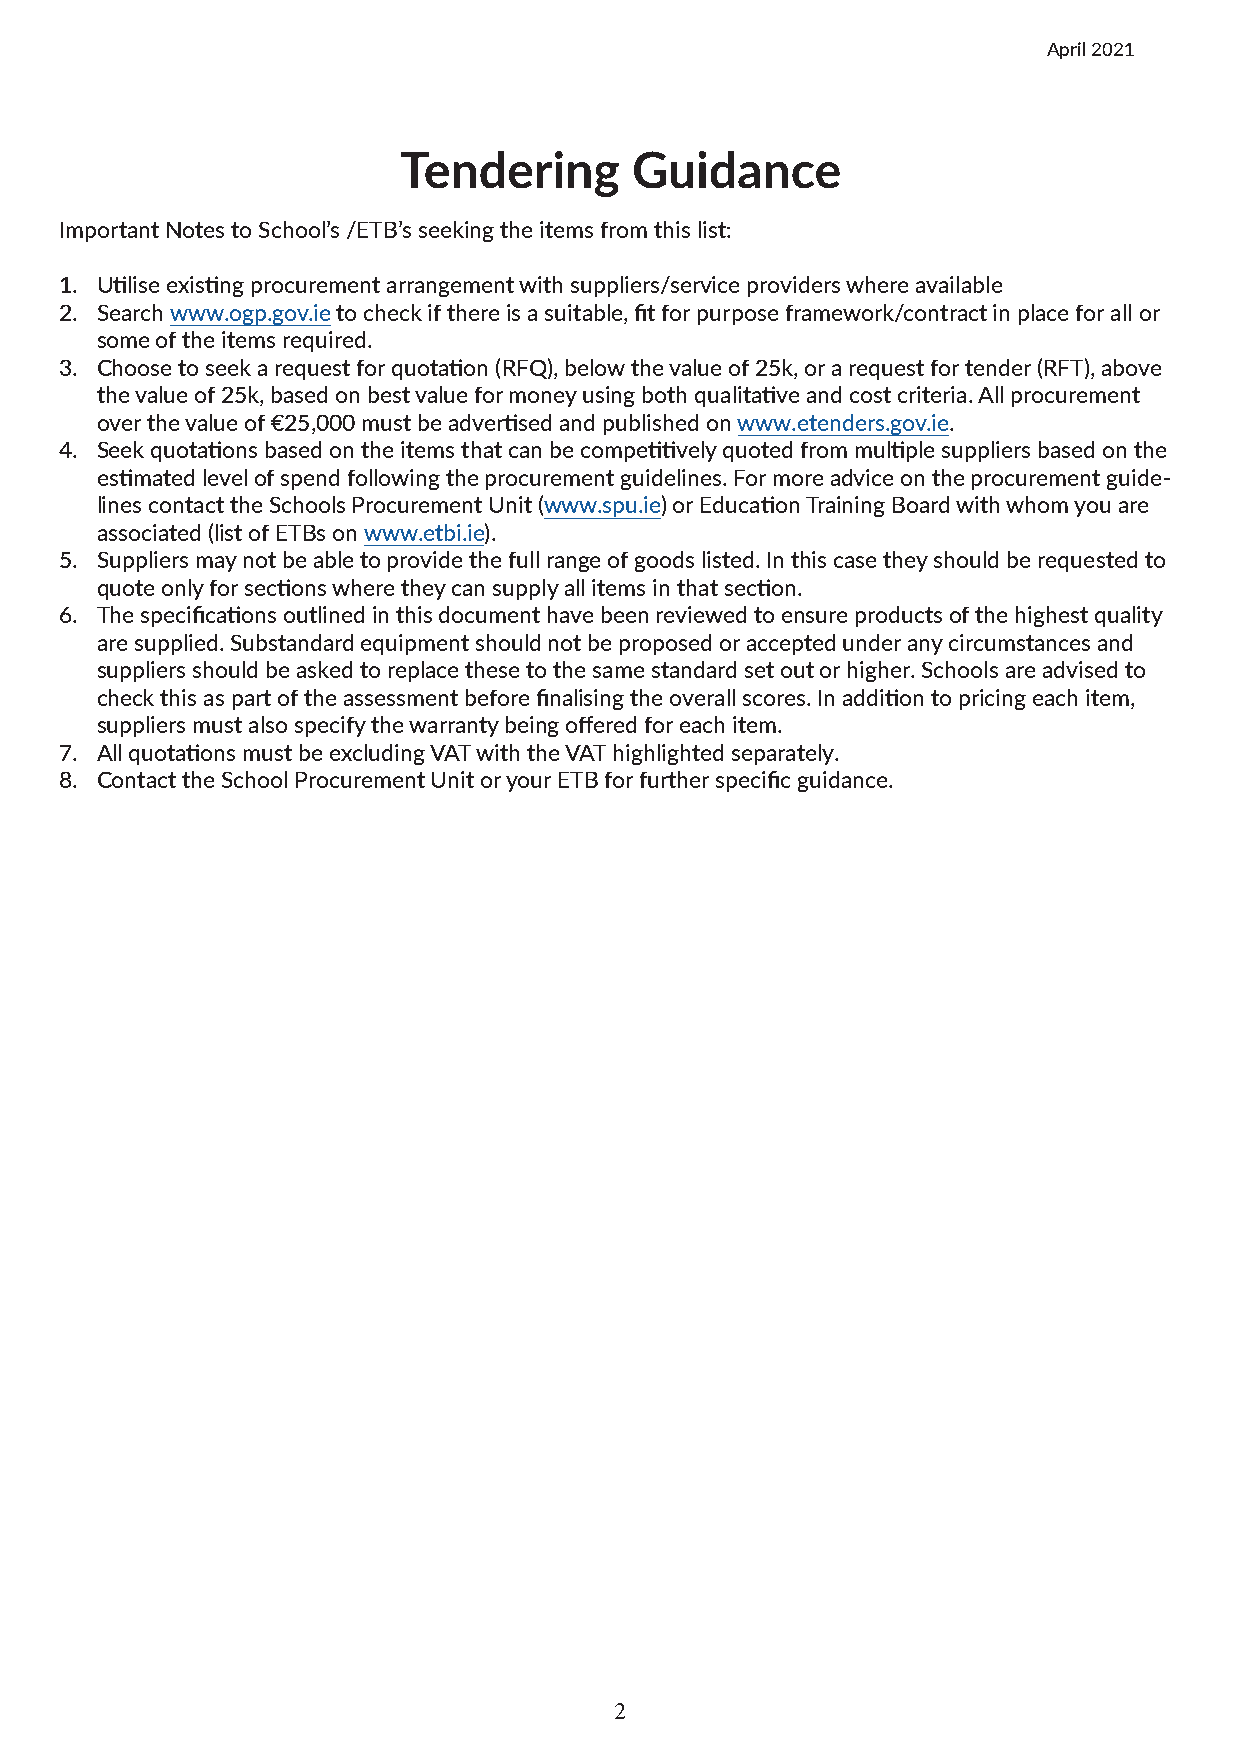
April 2021
 Tendering       Guidance
 Important Notes to School’s /ETB’s seeking the items from this list:
 1. Utilise existing procurement arrangement with suppliers/service providers where available
 2. Search www.ogp.gov.ie to check if there is a suitable, fit for purpose framework/contract in place for all or
 some of the items required.
 3. Choose to seek a request for quotation (RFQ), below the value of 25k, or a request for tender (RFT), above
 the value of 25k, based on best value for money using both qualitative and cost criteria. All procurement
 over the value of €25,000 must be advertised and published on www.etenders.gov.ie.
 4. Seek quotations based on the items that can be competitively quoted from multiple suppliers based on the
 estimated level of spend following the procurement guidelines. For more advice on the procurement guide-
 lines contact the Schools Procurement Unit (www.spu.ie) or Education Training Board with whom you are
 associated (list of ETBs on www.etbi.ie).
 5. Suppliers may not be able to provide the full range of goods listed. In this case they should be requested to
 quote only for sections where they can supply all items in that section.
 6. The specifications outlined in this document have been reviewed to ensure products of the highest quality
 are supplied. Substandard equipment should not be proposed or accepted under any circumstances and
 suppliers should be asked to replace these to the same standard set out or higher. Schools are advised to
 check this as part of the assessment before finalising the overall scores. In addition to pricing each item,
 suppliers must also specify the warranty being offered for each item.
 7. All quotations must be excluding VAT with the VAT highlighted separately.
 8. Contact the School Procurement Unit or your ETB for further specific guidance.
 2